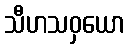
သီဟသဝှယော